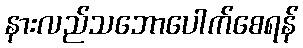
နားလည်သဘောပေါက်စေရန်